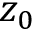
z _ { 0 }